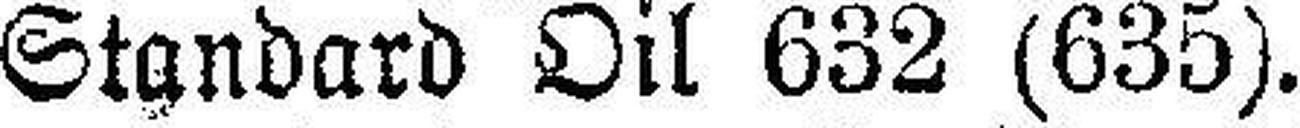
Standard Oil 632 (635).